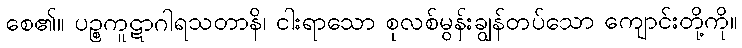
စေ၏။ ပဉ္စကူဋာဂါရသတာနိ၊ ငါးရာသော စုလစ်မွန်းချွန်တပ်သော ကျောင်းတို့ကို။